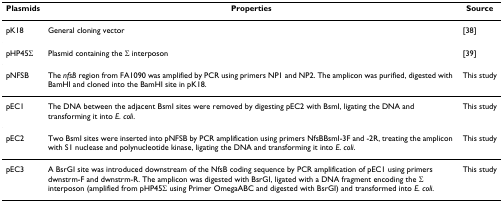
<table><thead><tr><td><b>Plasmids</b></td><td><b>Properties</b></td><td><b>Source</b></td></tr></thead><tbody><tr><td>pK18</td><td>General cloning vector</td><td>[38]</td></tr><tr><td>pHP45Σ</td><td>Plasmid containing the Σ interposon</td><td>[39]</td></tr><tr><td>pNFSB</td><td>The <i>nfsB </i>region from FA1090 was amplified by PCR using primers NP1 and NP2. The amplicon was purified, digested with BamHI and cloned into the BamHI site in pK18.</td><td>This study</td></tr><tr><td>pEC1</td><td>The DNA between the adjacent BsmI sites were removed by digesting pEC2 with BsmI, ligating the DNA and transforming it into <i>E. coli</i>.</td><td>This study</td></tr><tr><td>pEC2</td><td>Two BsmI sites were inserted into pNFSB by PCR amplification using primers NfsBBsmI-3F and -2R, treating the amplicon with S1 nuclease and polynucleotide kinase, ligating the DNA and transforming it into <i>E. coli</i>.</td><td>This study</td></tr><tr><td>pEC3</td><td>A BsrGI site was introduced downstream of the NfsB coding sequence by PCR amplification of pEC1 using primers dwnstrm-F and dwnstrm-R. The amplicon was digested with BsrGI, ligated with a DNA fragment encoding the Σ interposon (amplified from pHP45Σ using Primer OmegaABC and digested with BsrGI) and transformed into <i>E. coli</i>.</td><td>This study</td></tr></tbody></table>